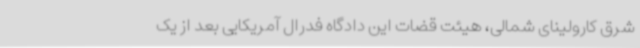
شرق کارولینای شمالی، هیئت قضات این دادگاه فدرال آمریکایی بعد از یک